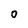
Character: 0